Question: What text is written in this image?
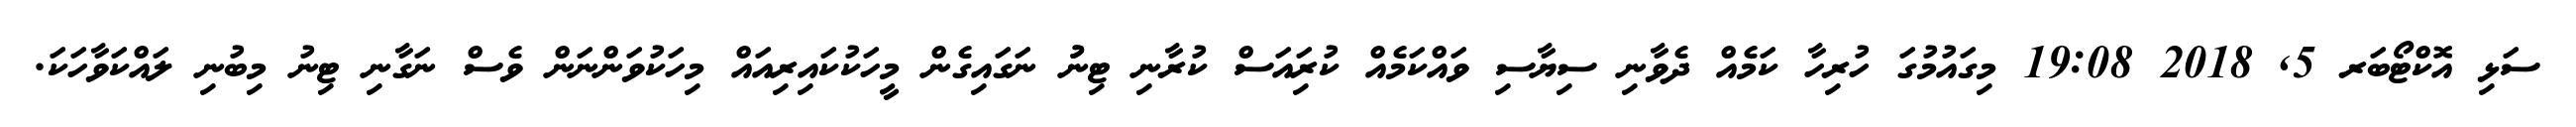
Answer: ސަޅި އޮކްޓޯބަރ 5, 2018 19:08 މިގައުމުގަ ހުރިހާ ކަމެއް ދެވާނި ސިޔާސި ވައްކަމެއް ކުރިައަސް ކުރާނި ޓިނުު ނަގައިގެން މީހަކުކައިރިއައް މިހަކުވަންނަން ވެސް ނަގާނި ޓިނު މިބުނި ލައްކަވާހަކަ.